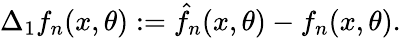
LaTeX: \Delta_{1}f_{n}(x,\theta):=\hat{f}_{n}(x,\theta)-f_{n}(x,\theta).